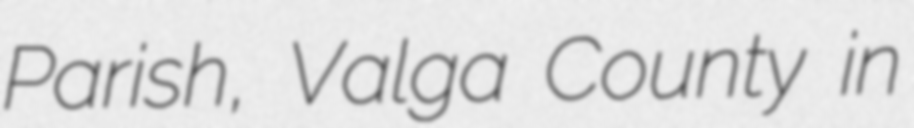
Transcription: Parish, Valga County in